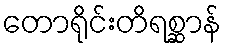
တောရိုင်းတိရစ္ဆာန်